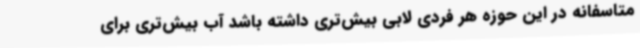
متاسفانه در این حوزه هر فردی لابی بیش‌تری داشته باشد آب بیش‌تری برای